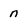
Character: n